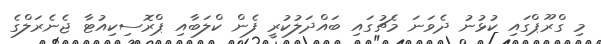
މި ގްރޫޕްގައި ކުޅުނު ދެވަނަ މެޗުގައި ބައްދަލުކުރީ ފެން ކްލަބާއި ޕްރޮސިކިއުޓާ ޖެނެރަލްގެ